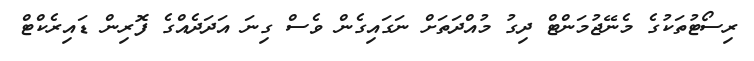
ރިސޯޓުތަކުގެ މެނޭޖުމަންޓް ދިގު މުއްދަތަށް ނަގައިގެން ވެސް ގިނަ އަދަދެއްގެ ފޮރިން ޑައިރެކްޓް